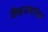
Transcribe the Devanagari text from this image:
विश्वनाथनंतर